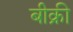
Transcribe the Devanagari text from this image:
बीक्री